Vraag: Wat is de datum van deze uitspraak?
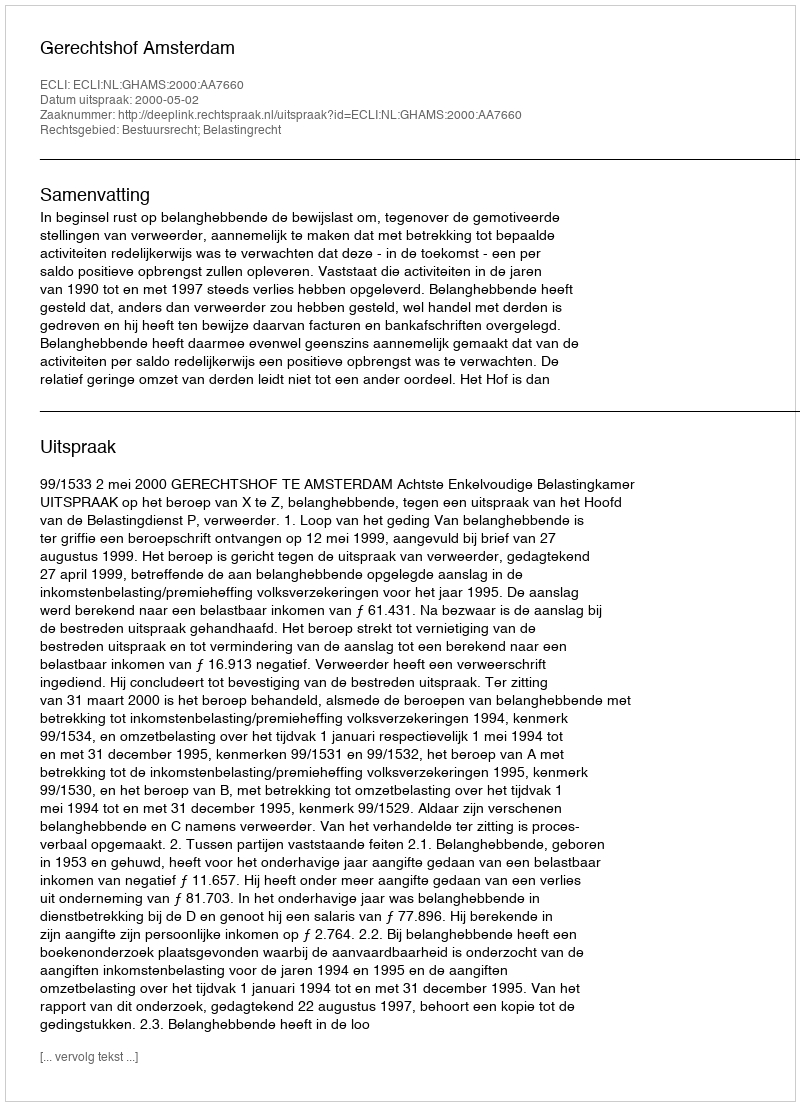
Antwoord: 2000-05-02